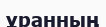
ұранның